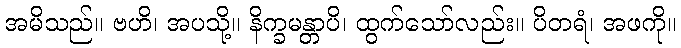
အမိသည်။ ဗဟိ၊ အပသို့။ နိက္ခမန္တာပိ၊ ထွက်သော်လည်း။ ပိတရံ၊ အဖကို။